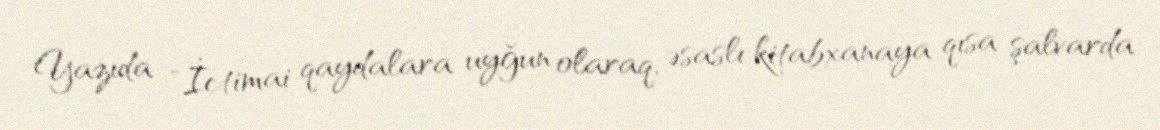
Yazıda "İctimai qaydalara uyğun olaraq, əsaslı kitabxanaya qısa şalvarda